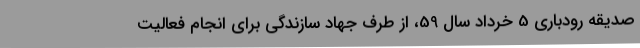
صدیقه رودباری 5 خرداد سال 59، از طرف جهاد سازندگی برای انجام فعالیت